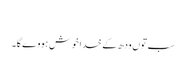
‏
سب توں ودھ کے خدا خوش ہووے گا۔